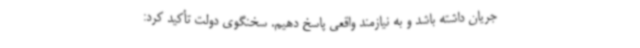
جریان داشته باشد و به نیازمند واقعی پاسخ دهیم. سخنگوی دولت تأکید کرد: